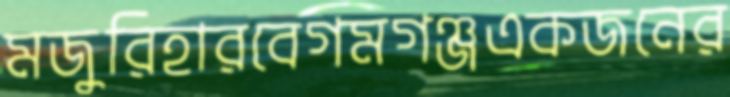
মজুরিহারবেগমগঞ্জএকজনের